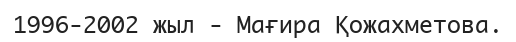
1996-2002 жыл - Мағира Қожахметова.